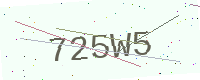
Text: 725W5